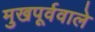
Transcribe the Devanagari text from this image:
मुखपूर्ववाले